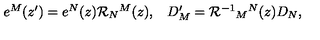
\begin{array} { c c } { e ^ { M } ( z ^ { \prime } ) = e ^ { N } ( z ) { \cal R } _ { N } { } ^ { M } ( z ) , } & { D _ { M } ^ { \prime } = { \cal R } ^ { - 1 } { } _ { M } { } ^ { N } ( z ) D _ { N } , } \\ \end{array}